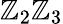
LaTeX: \mathbb{Z}_{2}\mathbb{Z}_{3}